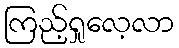
ကြည့်ရှုလေ့လာ